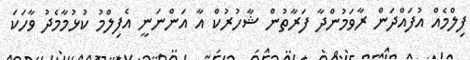
ފިލްމެއް އުފައްދަން ރާވަމުންދާ ފަރާތުން ޝާހުރުކް އާ އަންނަނީ އެފިލްމު ކުޅުމާމެދު ވާހަކަ